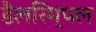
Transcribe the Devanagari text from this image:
डैलरिम्पल